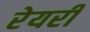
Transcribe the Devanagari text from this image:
रेयरी